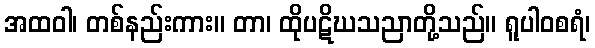
အထဝါ၊ တစ်နည်းကား။ တာ၊ ထိုပဋိဃသညာတို့သည်။ ရူပါဝစရံ၊